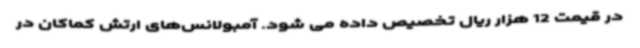
در قیمت 12 هزار ریال تخصیص داده می شود. آمبولانس‌های ارتش کماکان در